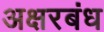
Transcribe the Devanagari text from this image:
अक्षरबंध